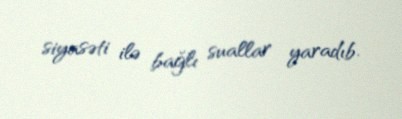
siyasəti ilə bağlı suallar yaradıb.